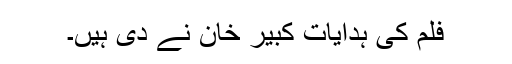
فلم کی ہدایات کبیر خان نے دی ہیں۔